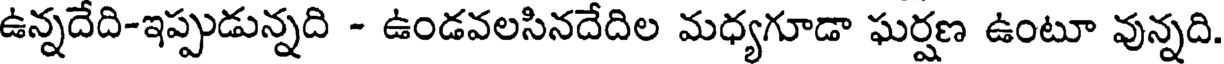
ఉన్నదేది-ఇప్పుడున్నది - ఉండవలసినదేదిల మధ్యగూడా ఘర్షణ ఉంటూ వున్నది